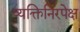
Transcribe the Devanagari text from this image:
व्यक्तिनिरपेक्ष